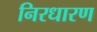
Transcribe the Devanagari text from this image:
निरधारण